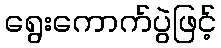
ရွေးကောက်ပွဲဖြင့်